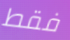
فقط